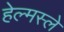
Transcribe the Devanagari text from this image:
हेल्मस्ले